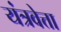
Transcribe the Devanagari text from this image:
यंत्रवेत्ता